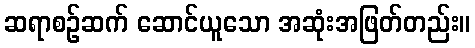
ဆရာစဉ်ဆက် ဆောင်ယူသော အဆုံးအဖြတ်တည်း။